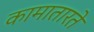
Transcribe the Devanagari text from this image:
कामातारते